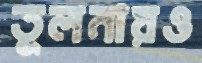
তুলনায়ও